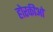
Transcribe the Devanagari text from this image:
होरकीओ